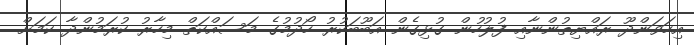
އިހަވަންދޫ ރައްޔިތުންނާއި ފުލުހުން ގުޅިގެން އަބޫބަކުރު ހޯދުމުގެ މަސައްކަތް މިހާރު ކުރަމުންދާ ކަމަށް